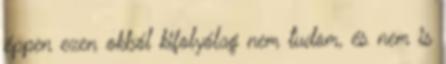
éppen ezen okból kifolyólag nem tudom, és nem is